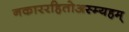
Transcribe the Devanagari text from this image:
नकाररहितोअस्म्यहम्